Report on plague and inoculation in the Punjab from October 1st ... to September 30th..., being the ... season of plague in the province
Disease focus: Plague
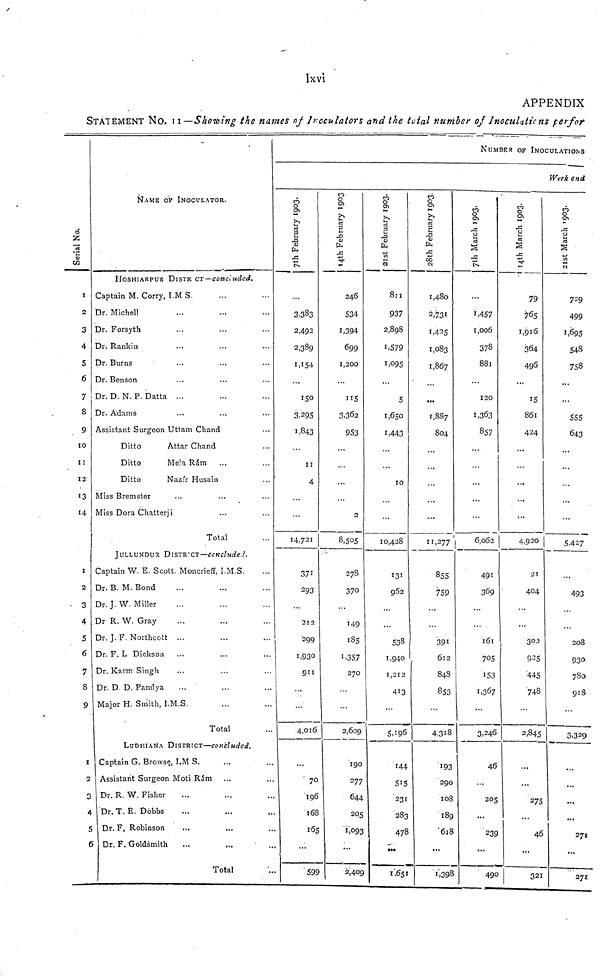
lx vi
APPENDIX
STATEMENT NO. II—Showing the names of Ircculators and the total number of Inoculations perfor
Serial No
1
2
3
4
S
6
7
8
9
10
11
12
13
14
I
2
• 3
4
5
6
7
8
9
1
2
3
4
I
<
ÑAME OF INOCULATOR.
HOSHIARPUR DISTR CT — concltided.
Captain M. Corry, I.M S.
Dr. Michell
Dr. Forsyth
Dr. Rankin
Dr. Burns
Dr. Benson
Dr. D. N. P. Datta ...
Dr. Adams
Assistant Surgeon Uttam Chand
Ditto
Attar Chand
Ditto
Mela Rám
Ditto
Naz'r Husain
Miss Bremster
Miss Dora Chatterji
Total
JULLUNDUR DISTR-CT—conclude.?.
Captain W. E. Scott. Moncrieff, I.M.S.
Dr. B. M. Bond
Dr. J. W. Miller
Dr R. W. Gray
Dr. J. F. Northcott ...
Dr. F. L Dickson
Dr. Karm Singh
Dr. D. D. Pandya
Major H. Smith, I.M.S.
Total
LUDHIANA DISTRICT—concluded.
Captain G. Browse, I.M S.
Assistant Surgeon Moti Rám
Dr. R. W. Fisher
Dr. T. E. Döbbs
Dr. F, Robinson
...
,.,
Dr. F. Goldsmith
Total
7th February 1993
3.383
2,492
2,389
1.154
150
3,295
1,843
II
4
14,721
371
293
212
'299
1,930
911
4,016
70
196
168
165
'599
14th February 1993
246
534
1,394
699
1,200
115
3,302
953
2
8,505
27S
370
149
1S5
1,357
270
...
2,609
190
277
644
205
i.093
...
2.409
21st February 1993
811
937
2,898
1,579
1,095
5
1,650
1,443
10
10,428
131
962
538
1,940
1,212
413
5,196
144
515
231
283
478
;..
1.651
28th February 1993
1,480
2,731
1,425
1,083
1,867
1,887
804
11,277
855
759
391
612
848
853
4.318
193
290
108
189
'618
...
1,398
NUMBER OF INOCULATIONS
7th March 1993
1,457
1,006
378
881
120
1,363
857
6,062
491
369
161
708
153
1,367
3,246
—
46
205
239
490
Week end
14 th March 1993
79
765
1,916
364
496
15
861
424
4,920
21
404
303
925
445
"74S
2,845
•
—
275
46
321
21st March 199
•
729
499
1,659
548
758
555
643
5,427
493
208
930
780
918
3,329
271
271